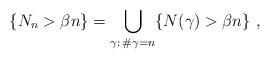
LaTeX: \begin{align*}\{N_n > \beta n\} = \bigcup_{\gamma: \, \# \gamma = n} \{N(\gamma) > \beta n\}\ ,\end{align*}